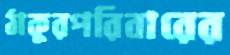
ঠাকুরপরিবারের